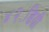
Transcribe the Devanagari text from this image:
४२॰डिग्री